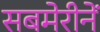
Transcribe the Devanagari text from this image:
सबमेरीनें